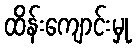
ထိန်းကျောင်းမှု